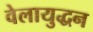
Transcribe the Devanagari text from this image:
वेलायुद्धन